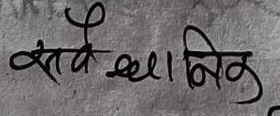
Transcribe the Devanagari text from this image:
सर्वेक्षा नि.क